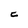
Character: C